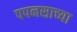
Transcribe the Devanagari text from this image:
पपनसाच्या